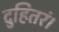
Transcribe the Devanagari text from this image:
दुहितरं।